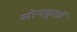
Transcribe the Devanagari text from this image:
सोनकुत्तों